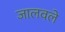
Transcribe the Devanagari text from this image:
जालवले